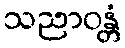
သညာဝန္တံ